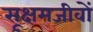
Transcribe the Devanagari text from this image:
सूक्षमजीवों